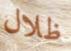
ظلال